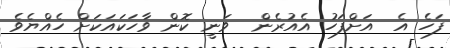
ފަހެ އެ  އަށްފަހު އެއުރެން  ވަނީ ކޮން ވާހަކައަކަށް ހެއްޔެވެ